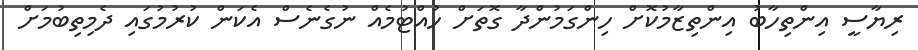
ރިޔާސީ އިންތިހާބު އިންތިޒާމުކޮށް ހިންގަމުންދާ ގޮތަށް ހުއްޓުމެއް ނުގެނެސް އެކަން ކުރުމުގައި ދެމިތިބުމަށް